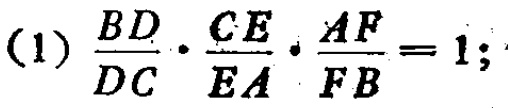
(1) \(\frac{BD}{DC}\cdot\frac{CE}{EA}\cdot\frac{AF}{FB}=1;\)